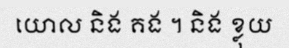
យោល និង គង ។ និង ខ្លុយ